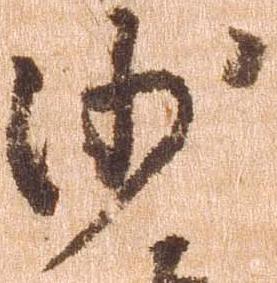
沙